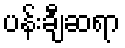
ပန်းချီဆရာ